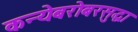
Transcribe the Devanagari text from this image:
कन्येबरोबरसुद्धा